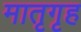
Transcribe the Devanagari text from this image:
मातृगृह